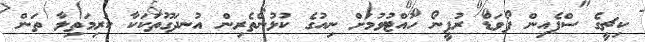
ކިޗީގެ ސްޕެއިން ފޯވަޑް ރުފީނޯ ހުއްޓުވުމަށް ނިއުގެ ކުޅުންތެރިން އުނދަގޫތަކަކާ ކުރިމަތިލާ ތަން